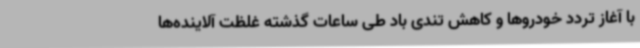
با آغاز تردد خودروها و کاهش تندی باد طی ساعات گذشته غلظت آلاینده‌ها